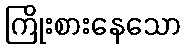
ကြိုးစားနေသော